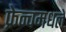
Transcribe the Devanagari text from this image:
फ्रेन्चमधले